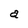
Character: a